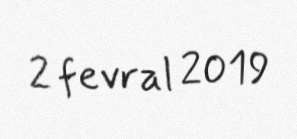
2 fevral 2019